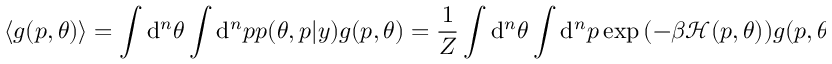
\langle g ( p , \theta ) \rangle = \int \mathrm { d } ^ { n } \theta \int \mathrm { d } ^ { n } p \: p ( \theta , p | y ) g ( p , \theta ) = \frac { 1 } { Z } \int \mathrm { d } ^ { n } \theta \int \mathrm { d } ^ { n } p \: \exp { ( - \beta \mathcal { H } ( p , \theta ) ) } \: g ( p , \theta ) \approx \frac { 1 } { N } \sum _ { i = 1 } ^ { N } g ( p ^ { ( i ) } , \theta ^ { ( i ) } ) .